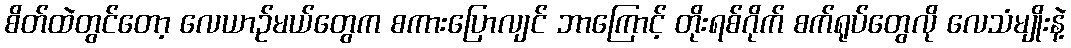
စိတ်ထဲတွင်တော့ လေယာဉ်မယ်တွေက စကားပြောလျင် ဘာကြောင့် တိုးရစ်ဂိုက် စက်ရုပ်တွေလို လေသံမျိုးနဲ့